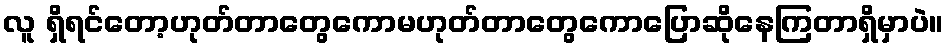
လူ ရှိရင်တော့ဟုတ်တာတွေကောမဟုတ်တာတွေကောပြောဆိုနေကြတာရှိမှာပဲ။